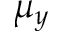
\mu _ { y }